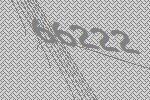
66222